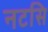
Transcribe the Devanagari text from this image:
नटसि